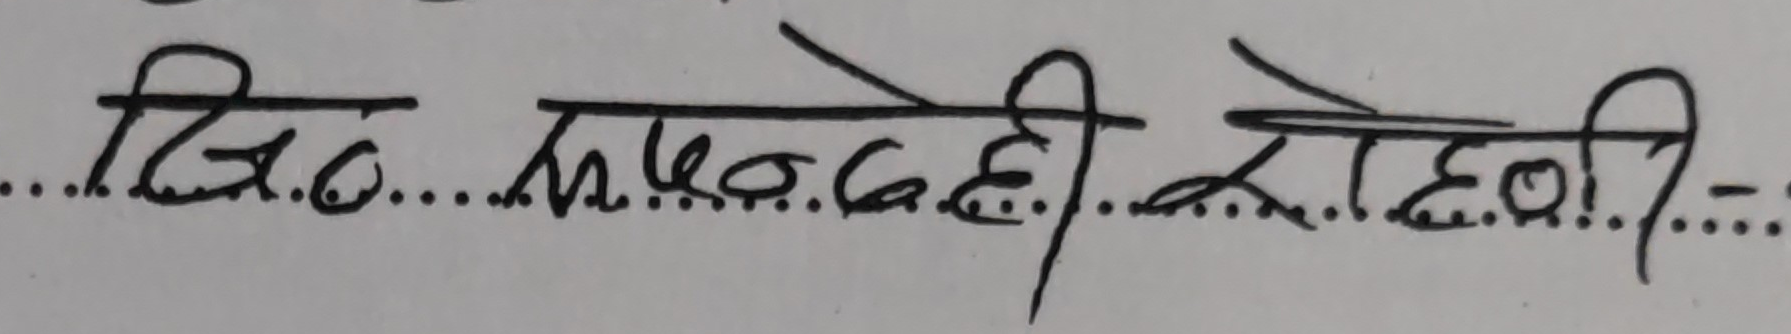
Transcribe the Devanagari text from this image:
दिए झुपददी रोहिणी